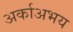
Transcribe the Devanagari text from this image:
अर्काअभय